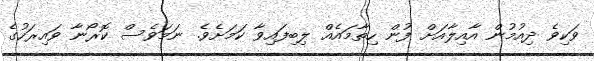
ވަކިވެ ދިއުމުން އާއިލާއަށް ފުން ހިތާމައެއް ލިބިފައިވާ ކަމަށެވެ. ނަމަވެސް ކޮރޯނާ ވައިރަހުގެ